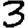
Digit: 3